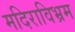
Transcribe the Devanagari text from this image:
मदिराविभ्रम